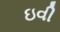
ઇવી